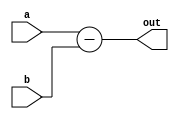
module subbing(a,b,out);
    input [15:0] a, b;
    output [15:0] out;

    assign out = a-b;

endmodule